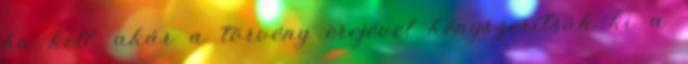
ha kell, akár a törvény erejével kényszerítsük ki a